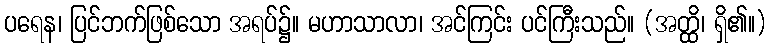
ပရေန၊ ပြင်ဘက်ဖြစ်သော အရပ်၌။ မဟာသာလာ၊ အင်ကြင်း ပင်ကြီးသည်။ (အတ္ထိ၊ ရှိ၏။)